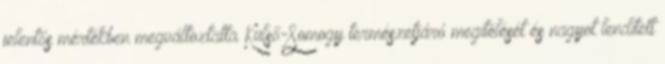
jelentős mértékben megváltoztatta Külső-Somogy természetjáró megítélését és nagyot lendített